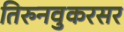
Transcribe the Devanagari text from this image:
तिरुनवुकरसर